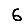
Digit: 6